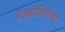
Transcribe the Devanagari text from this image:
हक्कांविषयीच्या